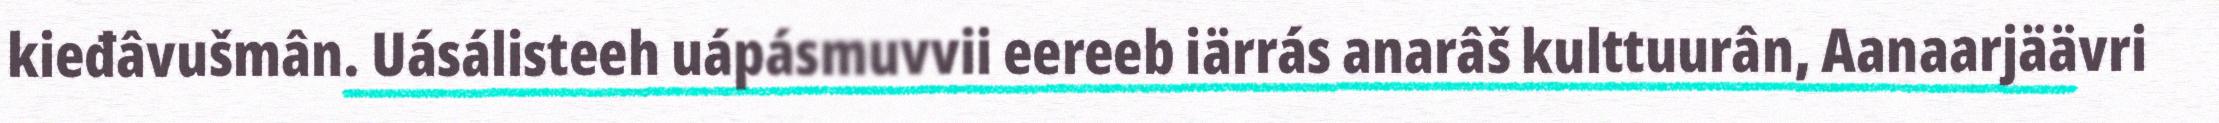
kieđâvušmân. Uásálisteeh uápásmuvvii eereeb iärrás anarâš kulttuurân, Aanaarjäävri